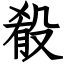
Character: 殽